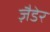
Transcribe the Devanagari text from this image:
ज़ैडेर